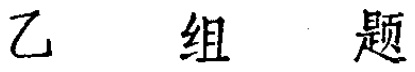
乙 组 题